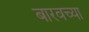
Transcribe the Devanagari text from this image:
बारवच्या